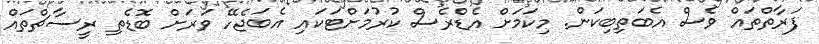
ފަރާތްތައް ވެސް އެބަތިބިކަން. މިކަމަށް އެޑްރެސް ކުރުމަށްޓަކައި އެބަޖެހޭ ވަރަށް ބޮޑެތި ރީސާޗްތައް